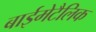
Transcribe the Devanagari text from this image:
बाईमेटैलिक